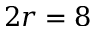
2 r = 8